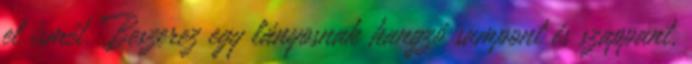
el ismét. Beszerez egy lányosnak hangzó sampont és szappant,